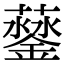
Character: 𨬛